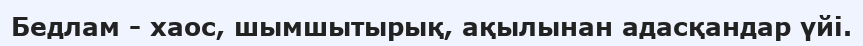
Бедлам - хаос, шымшытырық, ақылынан адасқандар үйі.